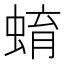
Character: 蜟